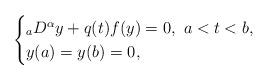
LaTeX: \begin{align*} \begin{cases}_{a}D^{\alpha }y+q(t)f(y)=0,\ a<t<b, \\y(a)=y(b)=0,\end{cases}\end{align*}